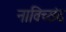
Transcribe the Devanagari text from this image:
नाविच्छंद